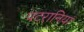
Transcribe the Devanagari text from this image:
पटरानियां